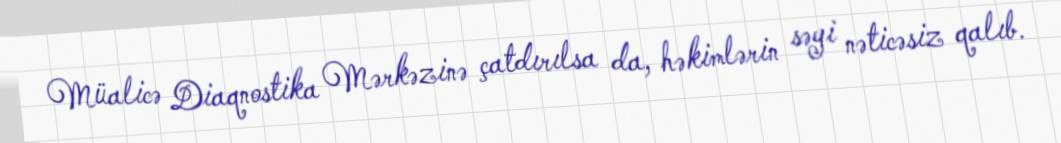
Müalicə Diaqnostika Mərkəzinə çatdırılsa da, həkimlərin səyi nəticəsiz qalıb.